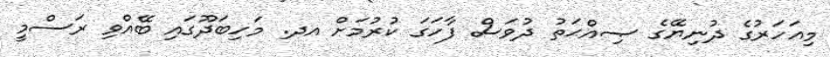
މިއަހަރުގެ ދުނިޔޭގެ ޞިއްޙަތު ދުވަސް ފާހަގަ ކުރުމަށް އދ. މަހިބަދޫގައި ބޭއްވި ރަސްމީ